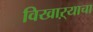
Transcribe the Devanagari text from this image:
विखाऱ्याचा